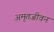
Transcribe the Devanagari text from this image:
अमृतजीवन